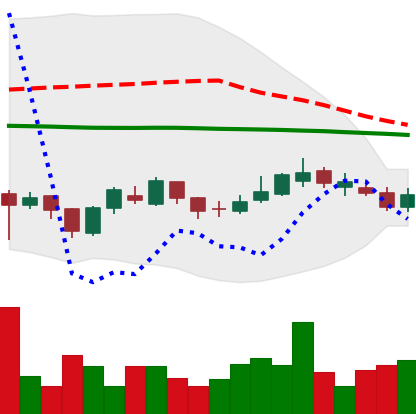
Ticker: LTC-USD
Chart end date: 2017-03-01
Forward return: 3.225%
Label: up_3_5